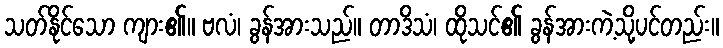
သတ်နိုင်သော ကျား၏။ ဗလံ၊ ခွန်အားသည်။ တာဒိသံ၊ ထိုသင်၏ ခွန်အားကဲ့သို့ပင်တည်း။